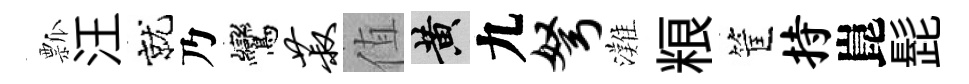
瓢汪就乃鸞菽值黄九弩灘粮筐持崑髭